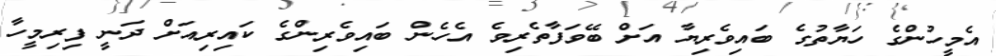
އެމީހުންގެ ހަޔާތުގެ ބައިވެރިޔާ އަށް ބޭވަފާތެރިވެ އެހެން ބައިވެރިންގެ ކައިރިއަށް ދަނީ ފިރިމީހާ